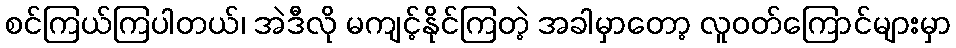
စင်ကြယ်ကြပါတယ်၊ အဲဒီလို မကျင့်နိုင်ကြတဲ့ အခါမှာတော့ လူဝတ်ကြောင်များမှာ